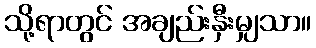
သို့ရာတွင် အချည်းနှီးမျှသာ။